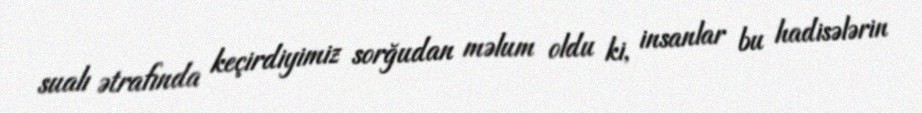
sualı ətrafında keçirdiyimiz sorğudan məlum oldu ki, insanlar bu hadisələrin